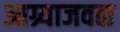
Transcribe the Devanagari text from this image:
आग्र्याजवळ